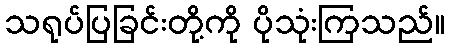
သရုပ်ပြခြင်းတို့ကို ပိုသုံးကြသည်။